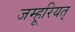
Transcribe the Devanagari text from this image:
जम्हूरियत्